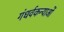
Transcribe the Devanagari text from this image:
गंधर्वकन्याओं